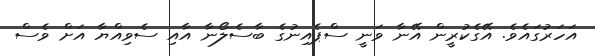
އަހަރުގައެވެ. އޭގެކުރީން އޭނާ ވަނީ ސްޕެއިނުގެ ބާސެލޯނާ އާއި ސެވިއްޔާ އަށް ވެސް